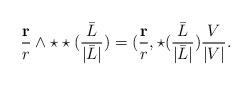
LaTeX: \begin{align*}\frac{\mathbf{r}}{r}\wedge \star\star (\frac{\bar{ L}}{|\bar L|})=(\frac{\mathbf{r}}{r}, \star (\frac{\bar{ L}}{|\bar L|})\frac{V}{|V|}.\end{align*}